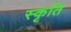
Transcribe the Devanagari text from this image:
स्कृति